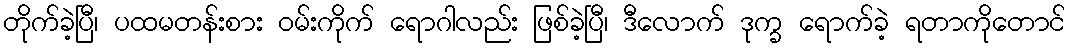
တိုက်ခဲ့ပြီ၊ ပထမတန်းစား ဝမ်းကိုက် ရောဂါလည်း ဖြစ်ခဲ့ပြီ၊ ဒီလောက် ဒုက္ခ ရောက်ခဲ့ ရတာကိုတောင်